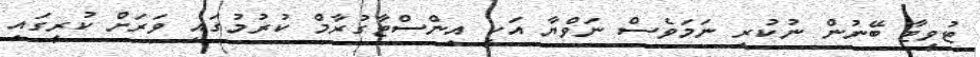
ޓުވީޓާ ބޭނުން ނުކުރި ނަމަވެސް ނަވްޔާ އަކީ އިންސްޓާގުރާމް ކުރުމުގައި ވަރަށް ކުރީގައި